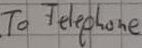
Text: To Telepone